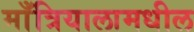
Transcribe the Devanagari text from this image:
माँत्रियालामधील